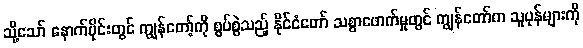
သို့သော် နောက်ပိုင်းတွင် ကျွန်တော့်ကို စွပ်စွဲသည့် နိုင်ငံတော် သစ္စာဖောက်မှုတွင် ကျွန်တော်က သူပုန်များကို